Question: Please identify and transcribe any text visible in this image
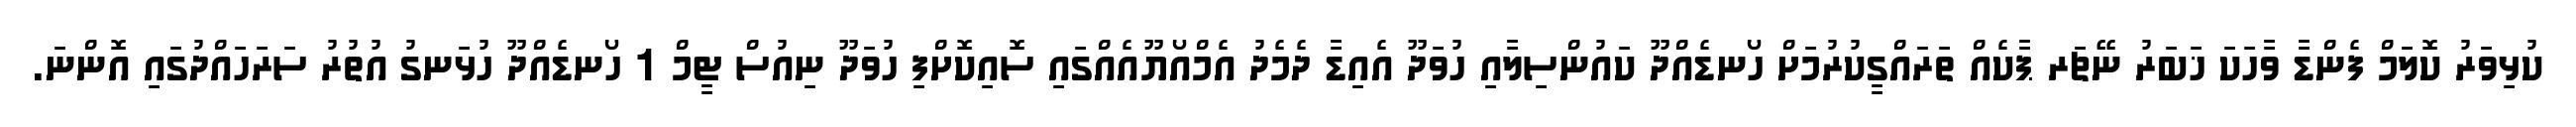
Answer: ކުޅިވަރު ކޮލަމް ފެންޑާ ވާހަކަ ޚަބަރު ނޭޗަރ ޕާކެއް ތަރައްގީކުރުމަށް ހޯނޑެއްދޫ ކައުންސިލާއި ހުވަދޫ އެއިޑާ ދެމެދު އެމްއޯޔޫއެއްގައި ސޮއިކޮށްފި ހުވަދޫ ނިއުސް ޓީމް 1 ހޯނޑެއްދޫ ހުޅަނގު އުތުރު ސަރަހައްދުގައި އޮންނަ.